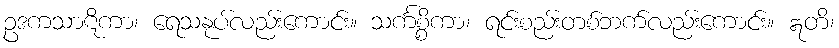
ဥဒကသာဋိကာ၊ ရေသနုပ်လည်းကောင်း။ သင်္ကစ္စိကာ၊ ရင်းစည်းတစ်ဘက်လည်းကောင်း။ ဣတိ၊